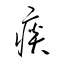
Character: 痰